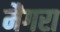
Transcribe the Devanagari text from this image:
मैगरा